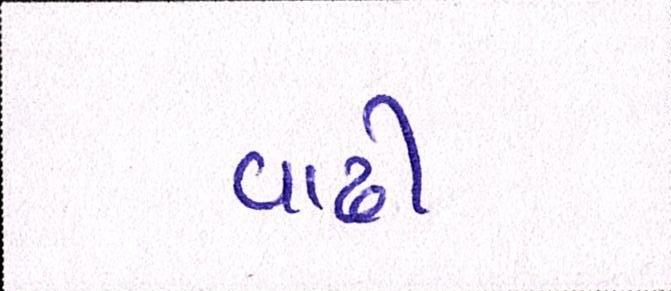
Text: વાઢી